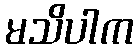
မသိပါက